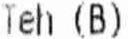
TEH (B)